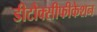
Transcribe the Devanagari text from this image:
डीटौक्सीफीकेशन